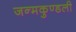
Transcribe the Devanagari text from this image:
जन्‍मकुण्‍डली